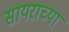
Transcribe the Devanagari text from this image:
सायराच्या